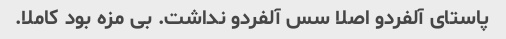
پاستای آلفردو اصلا سس آلفردو نداشت. بی مزه بود کاملا.